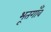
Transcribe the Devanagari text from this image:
भूतगाँव